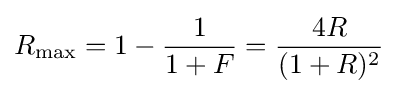
R_{\max }=1-{\frac {1}{1+F}}={\frac {4R}{(1+R)^{2}}}